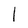
Character: l